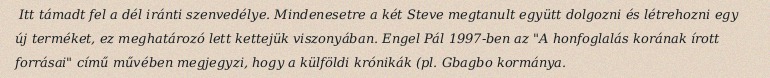
Itt támadt fel a dél iránti szenvedélye. Mindenesetre a két Steve megtanult együtt dolgozni és létrehozni egy új terméket, ez meghatározó lett kettejük viszonyában. Engel Pál 1997-ben az "A honfoglalás korának írott forrásai" című művében megjegyzi, hogy a külföldi krónikák (pl. Gbagbo kormánya.